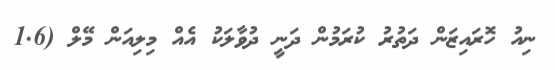
ނިއު ހޮރައިޒަން ދަތުރު ކުރަމުން ދަނީ ދުވާލަކު އެއް މިލިއަން މޭލް (1.6